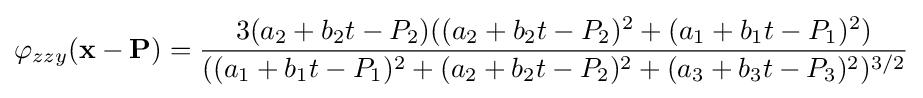
\varphi _{zzy}(\mathbf {x} -\mathbf {P} )={\frac {3(a_{2}+b_{2}t-P_{2})((a_{2}+b_{2}t-P_{2})^{2}+(a_{1}+b_{1}t-P_{1})^{2})}{((a_{1}+b_{1}t-P_{1})^{2}+(a_{2}+b_{2}t-P_{2})^{2}+(a_{3}+b_{3}t-P_{3})^{2})^{3/2}}}